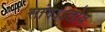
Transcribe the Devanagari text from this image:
सांगऽऽतोय